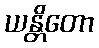
ယန္တိတော